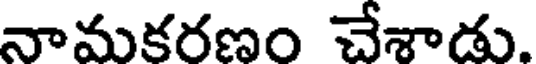
నామకరణం చేశాడు.